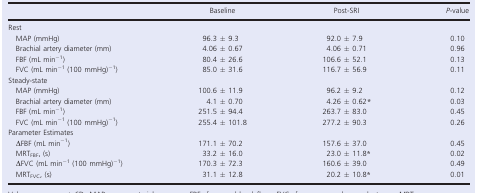
<table><thead><tr><td></td><td><b>Baseline</b></td><td><b>Post-SRI</b></td><td><b><i>P</i>-value</b></td></tr></thead><tbody><tr><td colspan="4">Rest</td></tr><tr><td> MAP (mmHg)</td><td>96.3 ± 9.3</td><td>92.0 ± 7.9</td><td>0.10</td></tr><tr><td> Brachial artery diameter (mm)</td><td>4.06 ± 0.67</td><td>4.06 ± 0.71</td><td>0.96</td></tr><tr><td> FBF (mL min<sup>−1</sup>)</td><td>80.4 ± 26.6</td><td>106.6 ± 52.1</td><td>0.13</td></tr><tr><td> FVC (mL min<sup>−1</sup> (100 mmHg)<sup>−1</sup>)</td><td>85.0 ± 31.6</td><td>116.7 ± 56.9</td><td>0.11</td></tr><tr><td colspan="4">Steady-state</td></tr><tr><td> MAP (mmHg)</td><td>100.6 ± 11.9</td><td>96.2 ± 9.2</td><td>0.12</td></tr><tr><td> Brachial artery diameter (mm)</td><td>4.1 ± 0.70</td><td>4.26 ± 0.62*</td><td>0.03</td></tr><tr><td> FBF (mL min<sup>−1</sup>)</td><td>251.5 ± 94.4</td><td>263.7 ± 83.0</td><td>0.45</td></tr><tr><td> FVC (mL min<sup>−1</sup> (100 mmHg)<sup>−1</sup>)</td><td>255.4 ± 101.8</td><td>277.2 ± 90.3</td><td>0.26</td></tr><tr><td colspan="4">Parameter Estimates</td></tr><tr><td> ΔFBF (mL min<sup>−1</sup>)</td><td>171.1 ± 70.2</td><td>157.6 ± 37.0</td><td>0.45</td></tr><tr><td> MRT<sub>FBF</sub>, (s)</td><td>33.2 ± 16.0</td><td>23.0 ± 11.8*</td><td>0.02</td></tr><tr><td> ΔFVC (mL min<sup>−1</sup> (100 mmHg)<sup>−1</sup>)</td><td>170.3 ± 72.3</td><td>160.6 ± 39.0</td><td>0.49</td></tr><tr><td> MRT<sub>FVC</sub>, (s)</td><td>31.1 ± 12.8</td><td>20.2 ± 10.8*</td><td>0.01</td></tr></tbody></table>